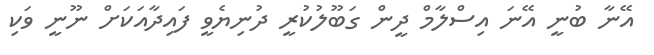
އޭނާ ބުނީ އޭނަ އިސްލާމް ދީން ގަބޫލުކުރީ ދުނިޔެވީ ފައިދާއަކަށް ނޫނީ ވަކި